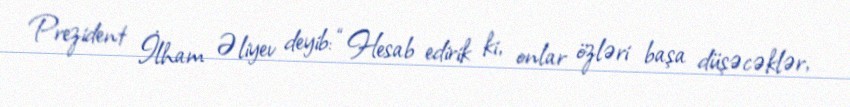
Prezident İlham Əliyev deyib: “Hesab edirik ki, onlar özləri başa düşəcəklər,